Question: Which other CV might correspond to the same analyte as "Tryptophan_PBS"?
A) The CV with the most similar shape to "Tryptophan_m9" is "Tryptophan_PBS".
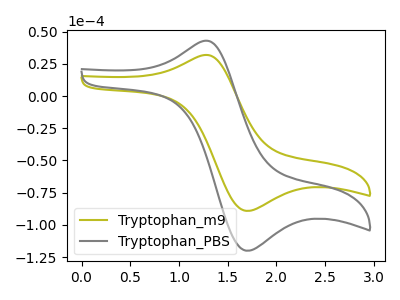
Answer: <think>The olive curve "Tryptophan_m9" has an anodic peak at (1.25V, 31.70uA) and a cathodic peak at (1.70V, -89.10uA). The gray curve "Tryptophan_PBS" has an anodic peak at (1.25V, 42.65uA) and a cathodic peak at (1.70V, -120.05uA).
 All the peaks in "Tryptophan_m9" have a peak in "Tryptophan_PBS" at the same potential. Every peak in "Tryptophan_m9" is lower than every peak in "Tryptophan_PBS".</think>
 <answer>A) The CV with the most similar shape to "Tryptophan_m9" is "Tryptophan_PBS".</answer>
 <eval>A</eval>